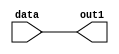
module CST_NO_DELY (data, out1);
   output out1;
   input data;
   reg out1;
   integer d1;
   always @(data)
   out1 = #d1 data;
endmodule